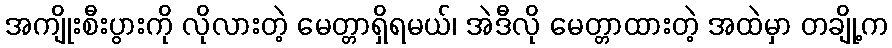
အကျိုးစီးပွားကို လိုလားတဲ့ မေတ္တာရှိရမယ်၊ အဲဒီလို မေတ္တာထားတဲ့ အထဲမှာ တချို့က